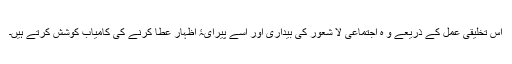
اس تخلیقی عمل کے ذریعے و ہ اجتماعی لا شعور کی بیداری اور اسے پیرایۂ اظہار عطا کرنے کی کامیاب کوشش کرتے ہیں۔